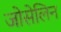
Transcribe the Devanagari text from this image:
जोसेलिन